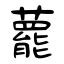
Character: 藣